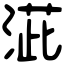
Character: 𣸆